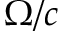
\Omega / c